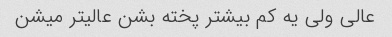
عالی ولی یه کم بیشتر پخته بشن عالیتر میشن